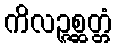
ကိလဉ္ဇစ္ဆတ္တံ